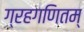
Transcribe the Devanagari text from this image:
ग्रहगणितम्